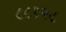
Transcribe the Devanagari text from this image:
८८१२८